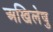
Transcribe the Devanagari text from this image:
अखिलेषु